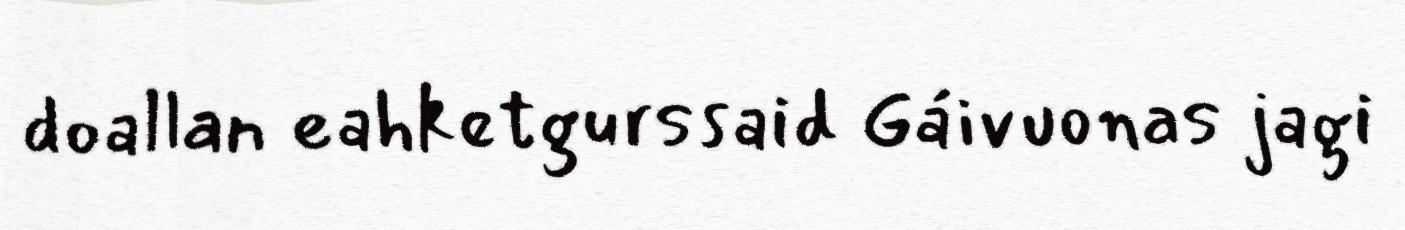
doallan eahketgurssaid Gáivuonas jagi